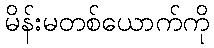
မိန်းမတစ်ယောက်ကို